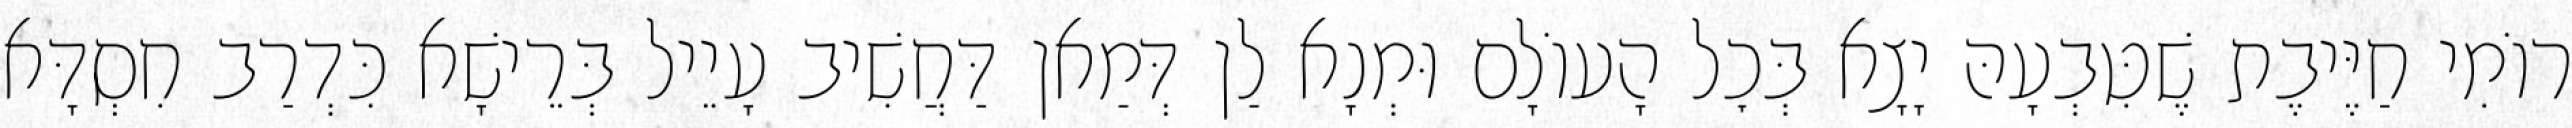
רוֹמִי חַיֶּיבֶת שֶׁטִּבְעָהּ יָצָא בְּכׇל הָעוֹלָם וּמְנָא לַן דְּמַאן דַּחֲשִׁיב עָיֵיל בְּרֵישָׁא כִּדְרַב חִסְדָּא